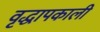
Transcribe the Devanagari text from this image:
वृद्धापकाली